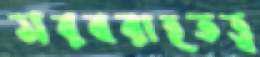
সরবরাহতত্ত্ব